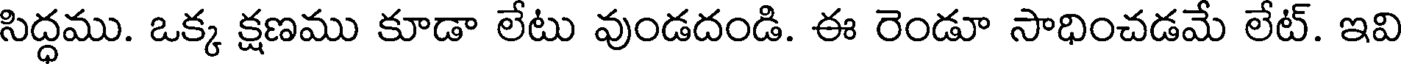
సిద్ధము. ఒక్క క్షణము కూడా లేటు వుండదండి. ఈ రెండూ సాధించడమే లేట్. ఇవి